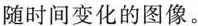
随时间变化的图像。